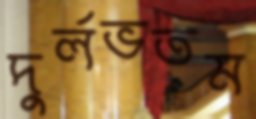
দুর্লভতম